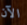
الآن